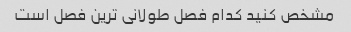
مشخص کنید کدام فصل طولانی ترین فصل است